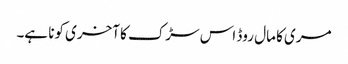
مری کا مال روڈ اس سڑک کا آخری کونا ہے۔